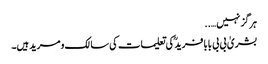
ہرگز نہیں…..
بشریٰ بی بی بابا فریدؒ کی تعلیمات کی سالک و مرید ہیں۔